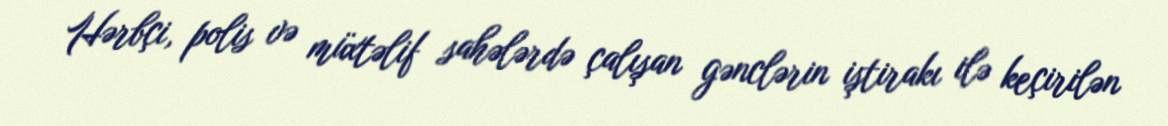
Hərbçi, polis və müxtəlif sahələrdə çalışan gənclərin iştirakı ilə keçirilən